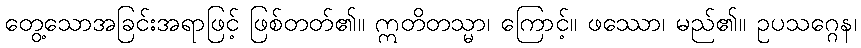
တွေ့သောအခြင်းအရာဖြင့် ဖြစ်တတ်၏။ ဣတိတသ္မာ၊ ကြောင့်။ ဖဿော၊ မည်၏။ ဥပသဂ္ဂေန၊